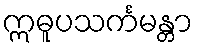
ဣဓူပသင်္ကမန္တာ